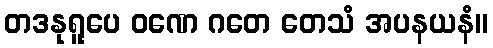
တဒနုရူပေ ဝဏေ ဂတေ တေသံ အပနယနံ။